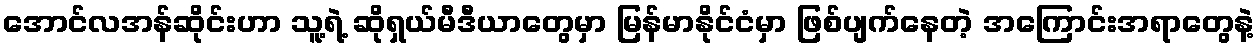
အောင်လအန်ဆိုင်းဟာ သူ့ရဲ့ ဆိုရှယ်မီဒီယာတွေမှာ မြန်မာနိုင်ငံမှာ ဖြစ်ပျက်နေတဲ့ အကြောင်းအရာတွေနဲ့